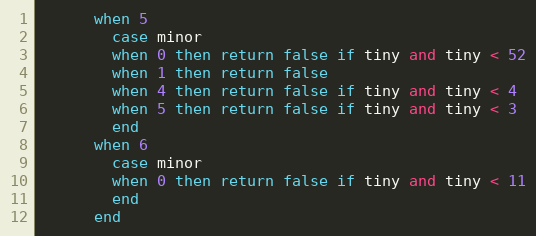
Language: Ruby
      when 5
        case minor
        when 0 then return false if tiny and tiny < 52
        when 1 then return false
        when 4 then return false if tiny and tiny < 4
        when 5 then return false if tiny and tiny < 3
        end
      when 6
        case minor
        when 0 then return false if tiny and tiny < 11
        end
      end